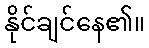
နိုင်ချင်နေ၏။